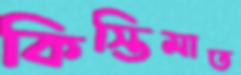
কিস্তিমাত